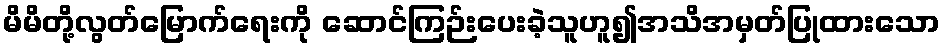
မိမိတို့လွတ်မြောက်ရေးကို ဆောင်ကြဉ်းပေးခဲ့သူဟူ၍အသိအမှတ်ပြုထားသော